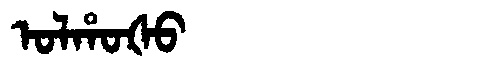
Manchu: ᠣᠯᡥᠣᡧᠣ
Romanization: OLHOŠO